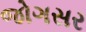
જોગસર